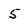
Character: 5